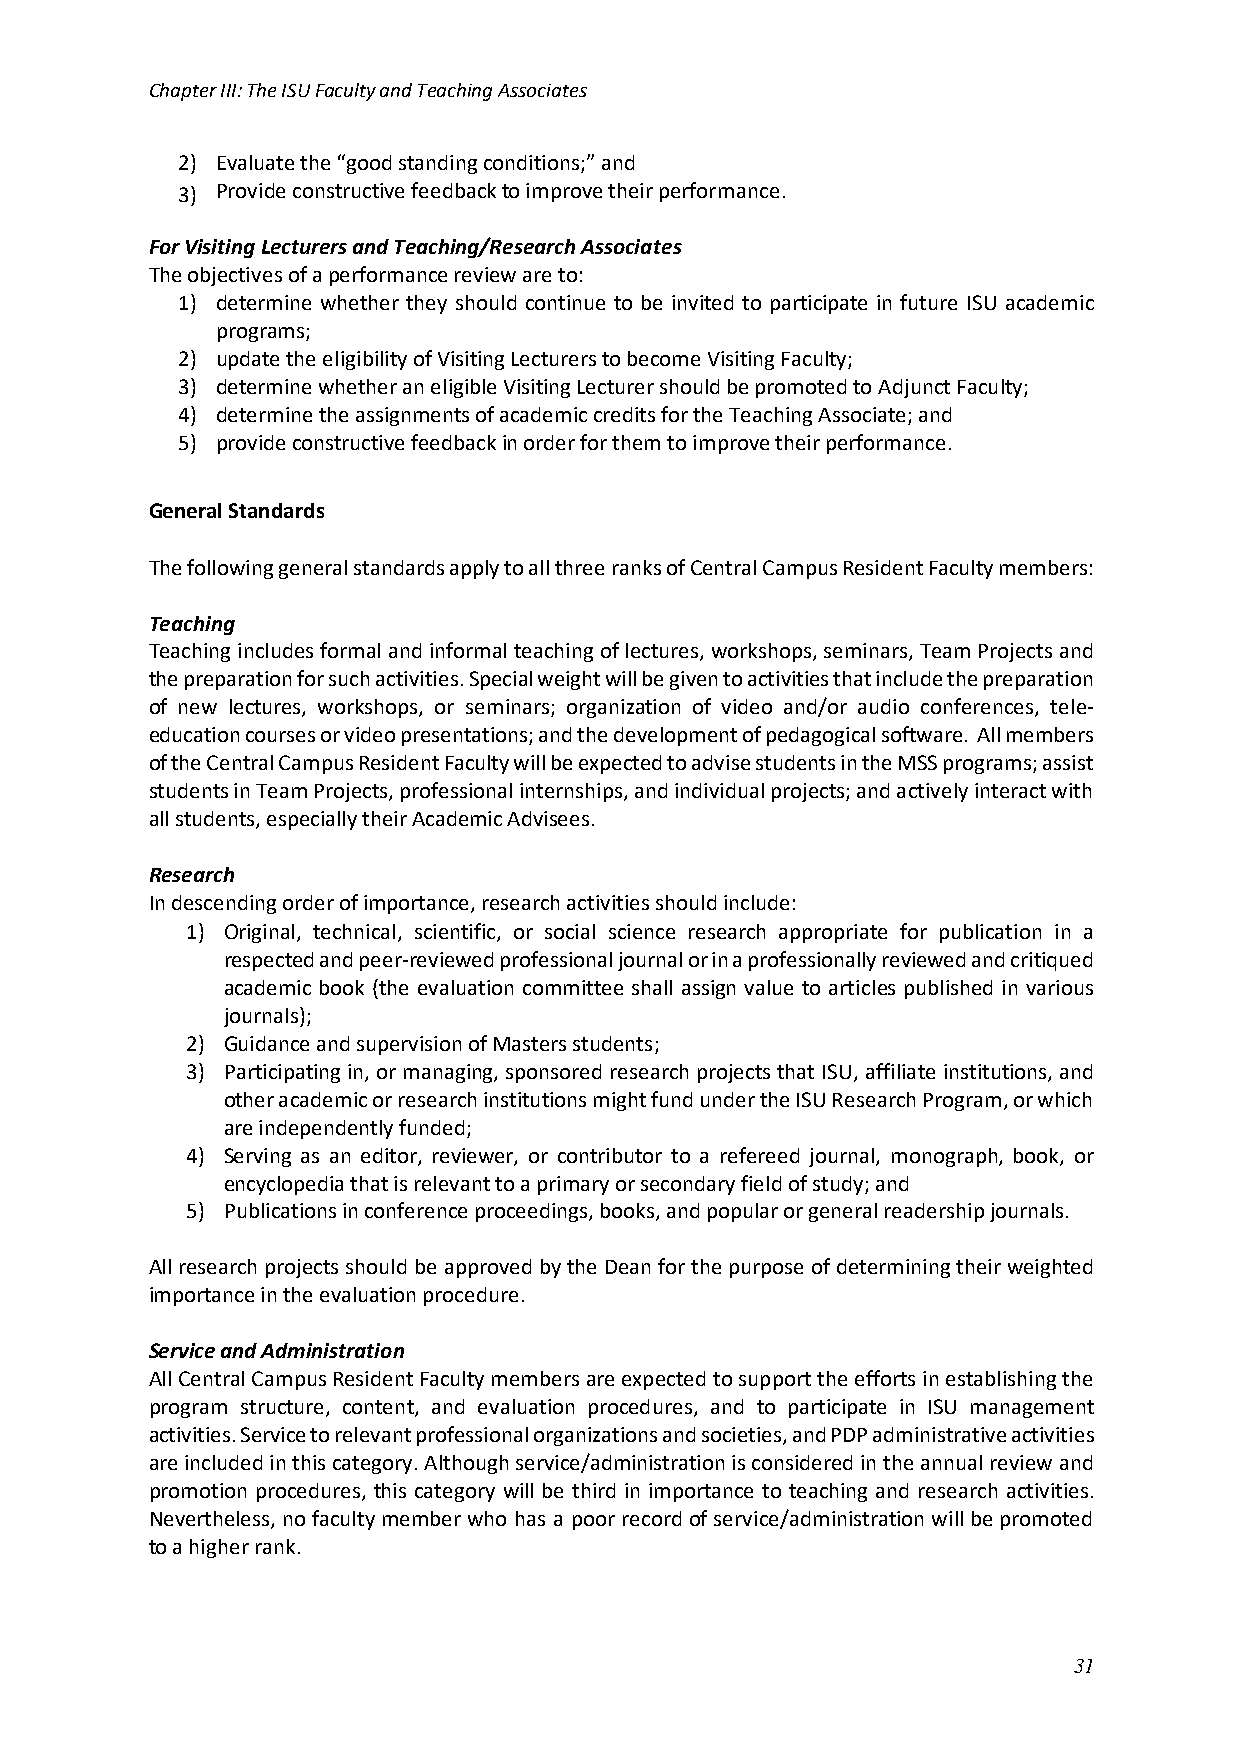
Chapter III: The ISU Faculty and Teaching Associates
 2) Evaluate the “good standing conditions;” and
 3) Provide constructive feedback to improve their performance.
 For Visiting Lecturers and Teaching/Research Associates
 The objectives of a performance review are to:
 1) determine whether they should continue to be invited to participate in future ISU academic
 programs;
 2) update the eligibility of Visiting Lecturers to become Visiting Faculty;
 3) determine whether an eligible Visiting Lecturer should be promoted to Adjunct Faculty;
 4) determine the assignments of academic credits for the Teaching Associate; and
 5) provide constructive feedback in order for them to improve their performance.
 General Standards
 The following general standards apply to all three ranks of Central Campus Resident Faculty members:
 Teaching
 Teaching includes formal and informal teaching of lectures, workshops, seminars, Team Projects and
 the preparation for such activities. Special weight will be given to activities that include the preparation
 of new lectures, workshops, or seminars; organization of video and/or audio conferences, tele-
 education courses or video presentations; and the development of pedagogical software. All members
 of the Central Campus Resident Faculty will be expected to advise students in the MSS programs; assist
 students in Team Projects, professional internships, and individual projects; and actively interact with
 all students, especially their Academic Advisees.
 Research
 In descending order of importance, research activities should include:
 1) Original, technical, scientific, or social science research appropriate for publication in a
 respected and peer-reviewed professional journal or in a professionally reviewed and critiqued
 academic book (the evaluation committee shall assign value to articles published in various
 journals);
 2) Guidance and supervision of Masters students;
 3) Participating in, or managing, sponsored research projects that ISU, affiliate institutions, and
 other academic or research institutions might fund under the ISU Research Program, or which
 are independently funded;
 4) Serving as an editor, reviewer, or contributor to a refereed journal, monograph, book, or
 encyclopedia that is relevant to a primary or secondary field of study; and
 5) Publications in conference proceedings, books, and popular or general readership journals.
 All research projects should be approved by the Dean for the purpose of determining their weighted
 importance in the evaluation procedure.
 Service and Administration
 All Central Campus Resident Faculty members are expected to support the efforts in establishing the
 program structure, content, and evaluation procedures, and to participate in ISU management
 activities. Service to relevant professional organizations and societies, and PDP administrative activities
 are included in this category. Although service/administration is considered in the annual review and
 promotion procedures, this category will be third in importance to teaching and research activities.
 Nevertheless, no faculty member who has a poor record of service/administration will be promoted
 to a higher rank.
 31